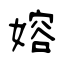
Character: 嫆